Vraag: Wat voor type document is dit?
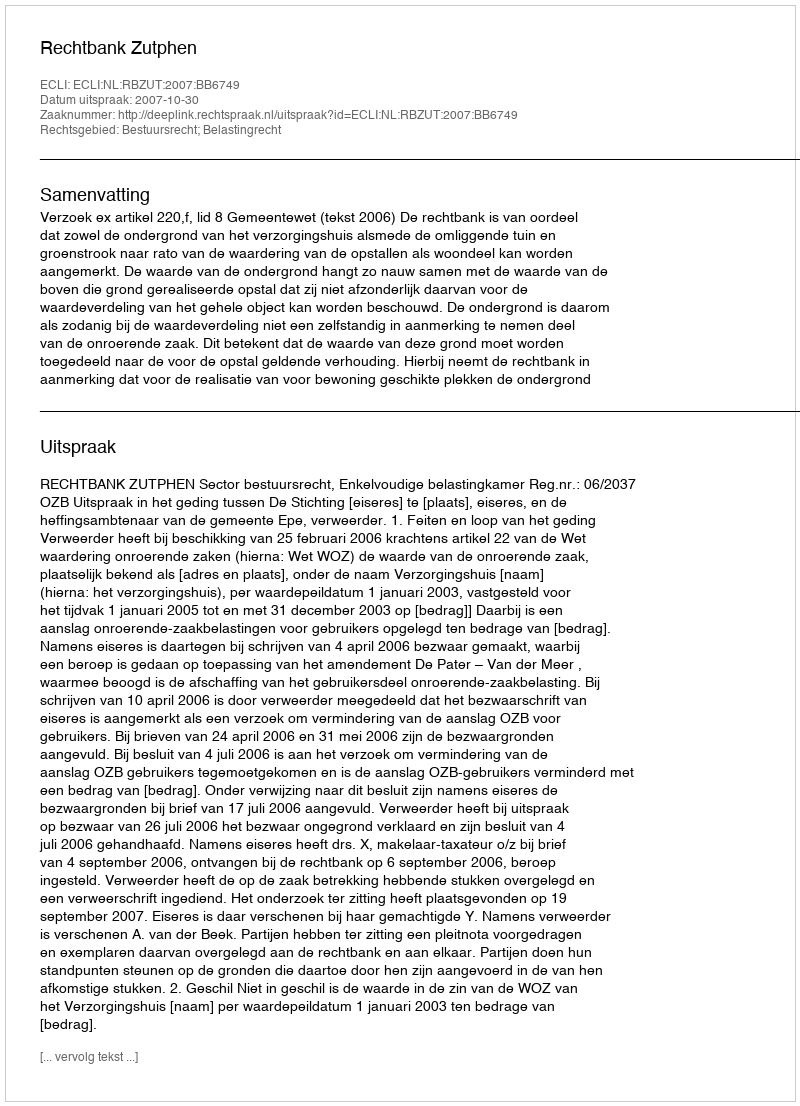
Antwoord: Uitspraak